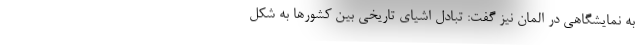
به نمایشگاهی در المان نیز گفت: تبادل اشیای تاریخی بین کشورها به شکل